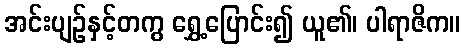
အင်းပျဉ်နှင့်တကွ ရွှေ့ပြောင်း၍ ယူ၏၊ ပါရာဇိက။